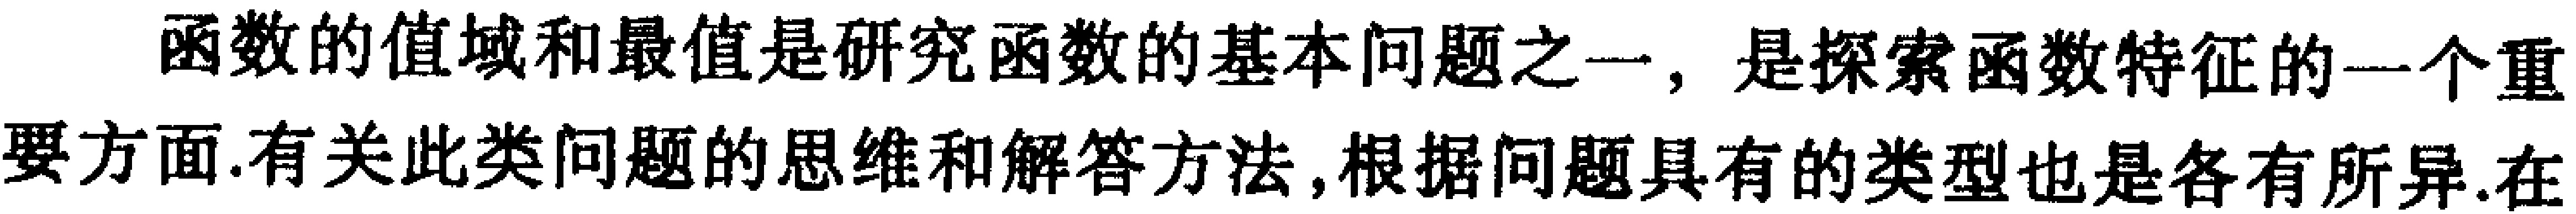
函数的值域和最值是研究函数的基本问题之一，是探索函数特征的一个重要方面.有关此类问题的思维和解答方法，根据问题具有的类型也是各有所异.在